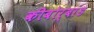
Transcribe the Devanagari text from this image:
कीबोर्बांड